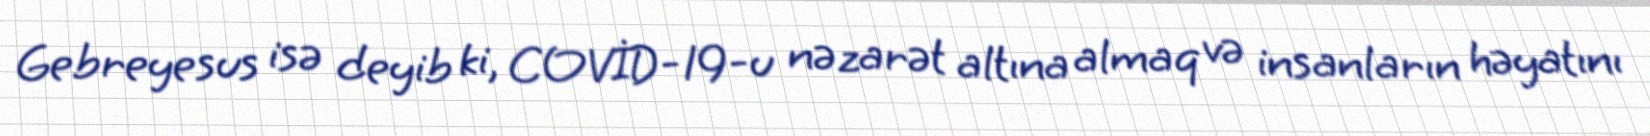
Gebreyesus isə deyib ki, COVİD-19-u nəzarət altına almaq və insanların həyatını